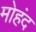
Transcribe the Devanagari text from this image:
मोहंद